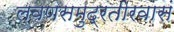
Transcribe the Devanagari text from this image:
लवणसमुद्रतीरवासं